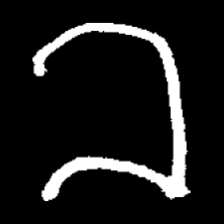
Pyu character \u2014 Myanmar letter: ခ (romanized: kha)